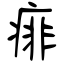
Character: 痱